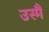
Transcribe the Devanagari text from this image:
उस्मैं